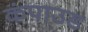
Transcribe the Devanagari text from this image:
कंपाउड